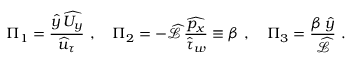
\Pi _ { 1 } = \frac { \widehat { y } \, \widehat { U _ { y } } } { \widehat { u } _ { \tau } } ~ , \quad \Pi _ { 2 } = - \widehat { \mathcal { L } } \, \frac { \widehat { p _ { x } } } { \widehat { \tau } _ { w } } \equiv \beta ~ , \quad \Pi _ { 3 } = \frac { \beta \, \widehat { y } } { \widehat { \mathcal { L } } } ~ .